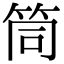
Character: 筒